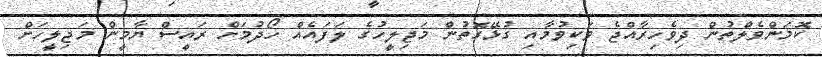
ކޮމަންވެލްތުން ދިވެހިރާއްޖެ ވަކިވުމާއި ގުޅޭގޮތުން މަޖިލީހުގެ ލަފައެއް ހޯދުމަށް ރައީސް ޔާމީން މަޖިލީހަށް